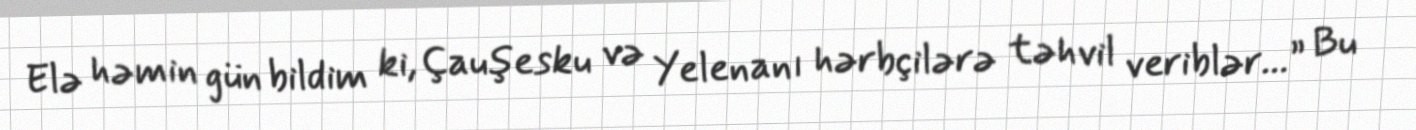
Elə həmin gün bildim ki, Çauşesku və Yelenanı hərbçilərə təhvil veriblər...” Bu